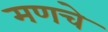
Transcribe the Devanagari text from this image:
मणचे